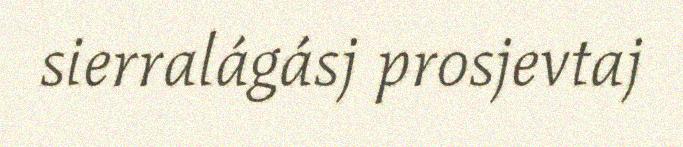
sierralágásj prosjevtaj